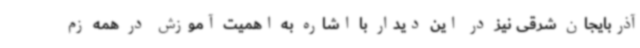
آذربایجان شرقی نیز در این دیدار با اشاره به اهمیت آموزش در همه زم